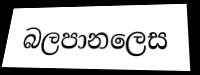
බලපානලෙස